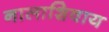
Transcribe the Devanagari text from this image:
नालाशिवाय